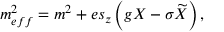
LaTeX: m _ { e f f } ^ { 2 } = m ^ { 2 } + e s _ { z } \left( g X - \sigma \widetilde { X } \right) ,